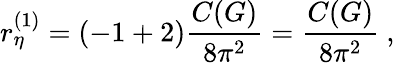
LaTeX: r_{\eta}^{(1)}=(-1+2)\frac{C(G)}{8\pi^{2}}=\frac{C(G)}{8\pi^{2}}\ ,